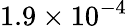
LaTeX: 1.9\times 10^{-4}